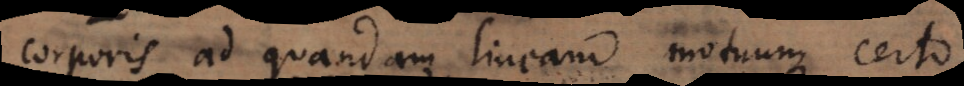
corporis ad quandam lineam motuum certo